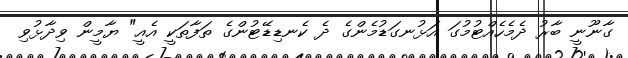
ގާނޫނީ ބާރު ދެމެހެއްޓުމުގަ އަޅުނގަޑުމެންގެ ދެ ކެނޑިޑޭޓުންގެ ތަފާތަކީ އެއީ" ޔާމީން ވިދާޅުވި